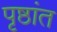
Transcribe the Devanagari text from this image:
पृष्ठांत